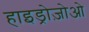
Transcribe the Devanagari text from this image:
हाइड्रोज़ोओ